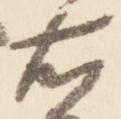
右